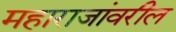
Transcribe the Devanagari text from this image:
महाराजांवरील